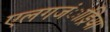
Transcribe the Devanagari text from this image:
एलगजंाड्रिया